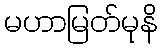
မဟာမြတ်မုနိ